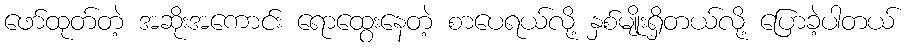
ဖော်ထုတ်တဲ့ အဆိုးအကောင်း ရောထွေးနေတဲ့ စာပေရယ်လို့ နှစ်မျိုးရှိတယ်လို့ ပြောခဲ့ပါတယ်